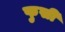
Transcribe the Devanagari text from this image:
फुसी